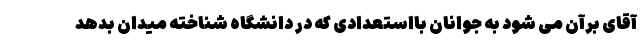
آقای برآن می شود به جوانان بااستعدادی که در دانشگاه شناخته میدان بدهد